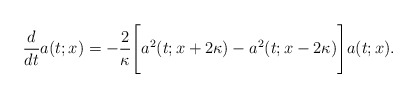
\begin{align*}\frac{d}{dt}a(t;x)=-\frac{2}{\kappa}\Bigg[a^2(t;x+2\kappa)-a^2(t;x-2\kappa)\Bigg]a(t;x).\end{align*}